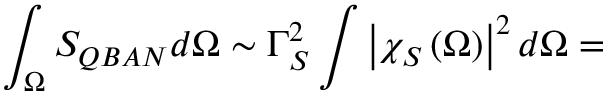
\int _ { \Omega } S _ { Q B A N } d \Omega \sim \Gamma _ { S } ^ { 2 } \int \left| \chi _ { S } \left( \Omega \right) \right| ^ { 2 } d \Omega =